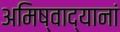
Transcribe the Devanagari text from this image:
अमिष्वाद्यानां